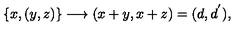
\{ x , ( y , z ) \} \longrightarrow ( x + y , x + z ) = ( d , d ^ { ' } ) ,